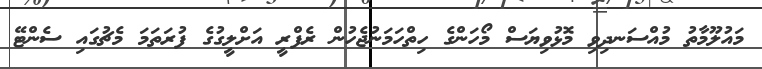
މައުލޫމާތު މުއްސަނދިވި މޮޅުވިޔަސް މޯހަންގެ ހިތްހަމަނުޖެހުން ރެފްރީ އަށްލީގުގެ ފުރަތަމަ މެޗުގައި ސެންޓޭ